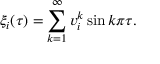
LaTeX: \xi _ { i } ( \tau ) = \sum _ { k = 1 } ^ { \infty } v _ { i } ^ { k } \sin k \pi \tau .